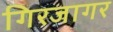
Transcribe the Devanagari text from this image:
गिरजागर